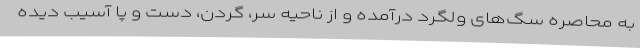
به محاصره سگ‌های ولگرد درآمده و از ناحیه سر، گردن، دست و پا آسیب دیده